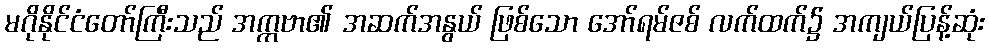
မဂိုနိုင်ငံတော်ကြီးသည် အက္ကဗာ၏ အဆက်အနွယ် ဖြစ်သော အော်ရမ်ဇစ် လက်ထက်၌ အကျယ်ပြန့်ဆုံး